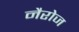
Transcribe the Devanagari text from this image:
नैरोज